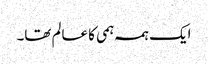
ایک ہمہ ہمی کا عالم تھا۔